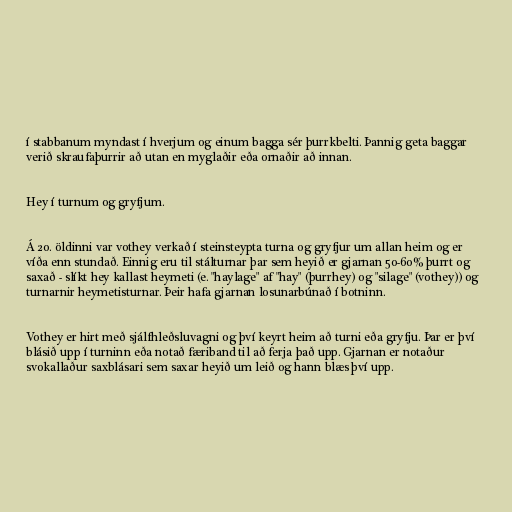
í stabbanum myndast í hverjum og einum bagga sér þurrkbelti. Þannig geta baggar
verið skraufaþurrir að utan en myglaðir eða ornaðir að innan.

Hey í turnum og gryfjum.

Á 20. öldinni var vothey verkað í steinsteypta turna og gryfjur um allan heim og er
víða enn stundað. Einnig eru til stálturnar þar sem heyið er gjarnan 50-60% þurrt og
saxað - slíkt hey kallast heymeti (e. "haylage" af "hay" (þurrhey) og "silage" (vothey)) og
turnarnir heymetisturnar. Þeir hafa gjarnan losunarbúnað í botninn.

Vothey er hirt með sjálfhleðsluvagni og því keyrt heim að turni eða gryfju. Þar er því
blásið upp í turninn eða notað færiband til að ferja það upp. Gjarnan er notaður
svokallaður saxblásari sem saxar heyið um leið og hann blæs því upp.